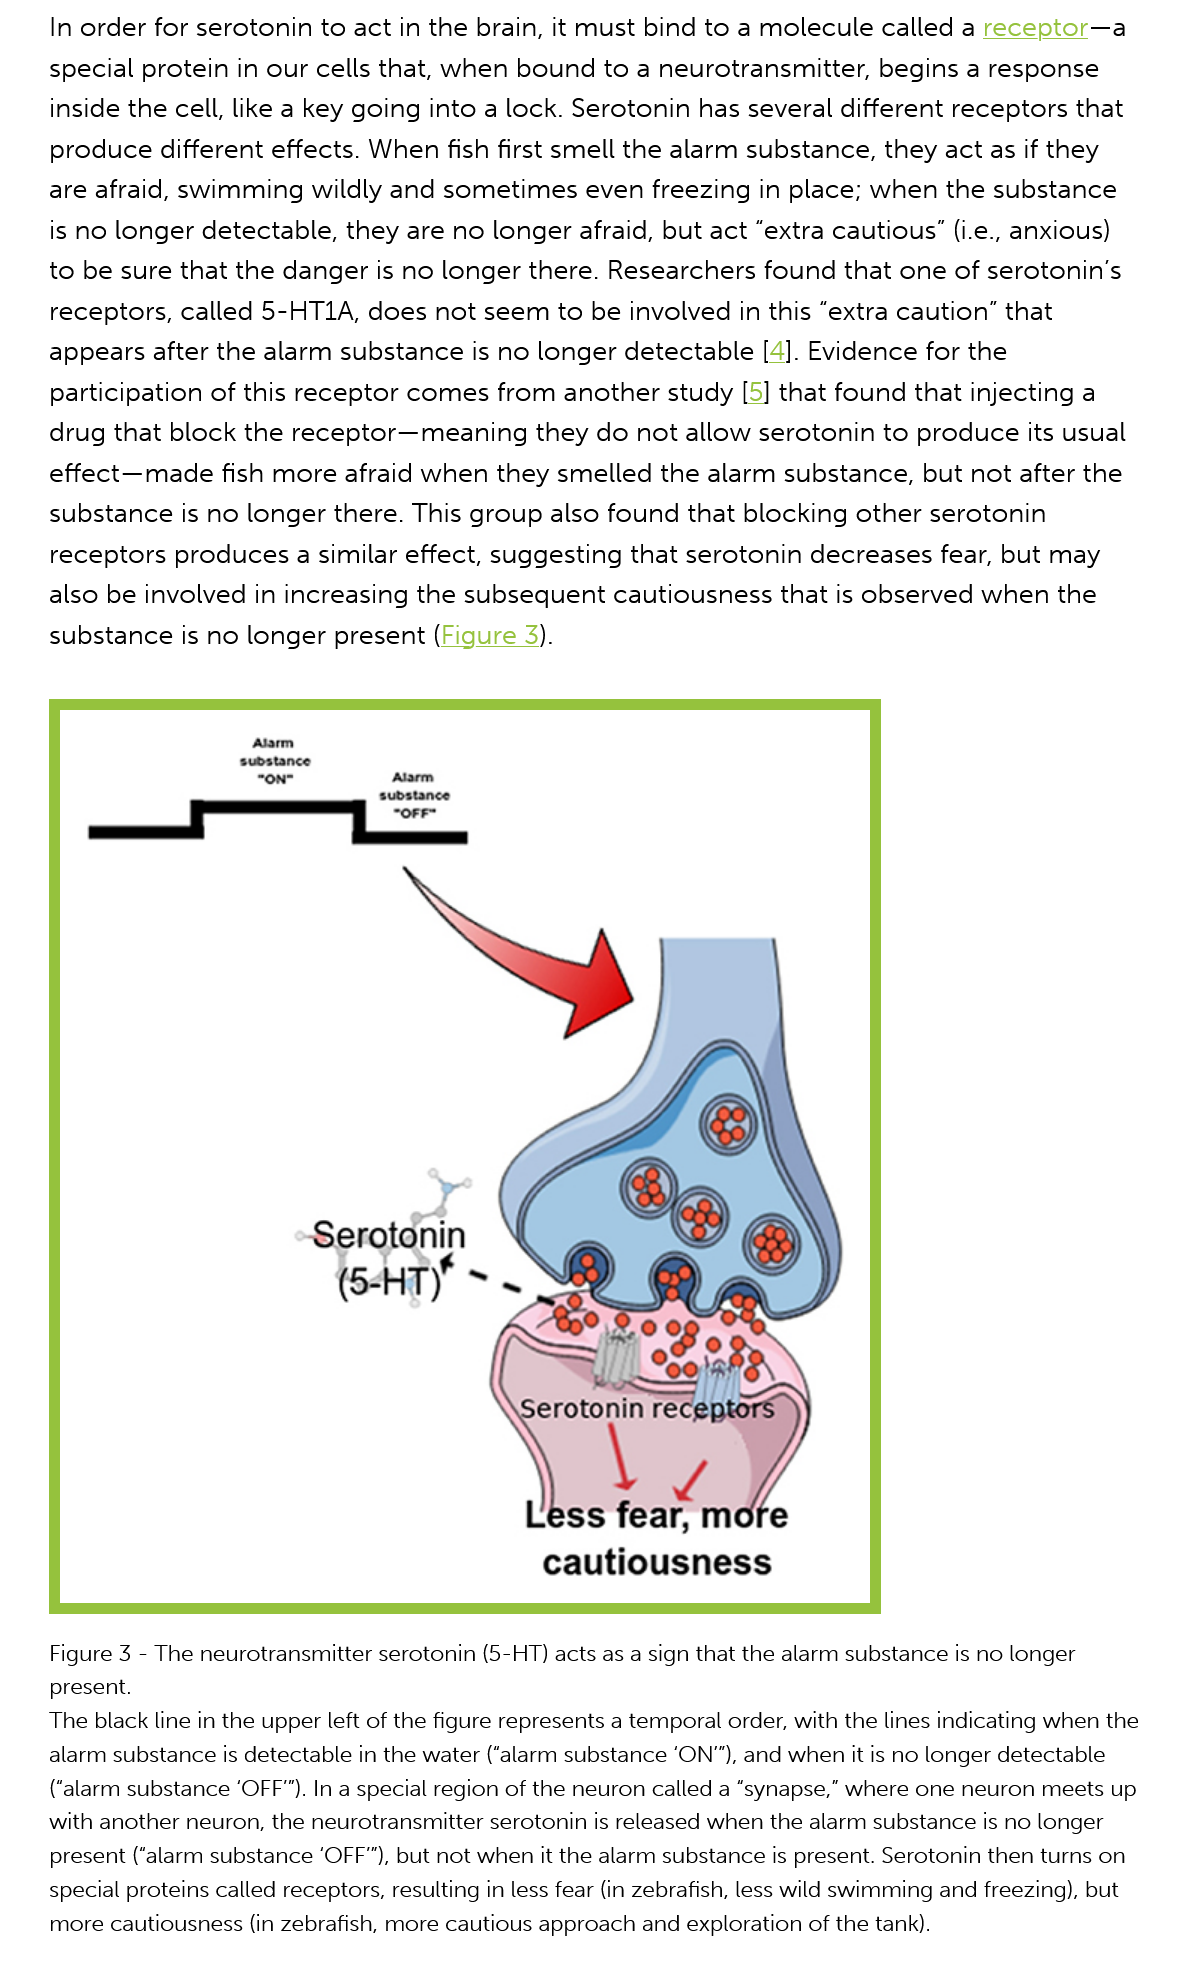
In order for serotonin  to act in the brain, it must bind to a molecule   called a receptor—a
     special protein  in our cells that, when  bound  to a neurotransmitter,   begins  a response
     inside the cell, like a key going into a lock. Serotonin  has several different receptors  that
     produce different   effects. When fish  first smell the alarm substance,  they  act as if they
     are afraid, swimming   wildly and  sometimes    even  freezing in place; when   the substance
     is no longer  detectable, they  are no longer afraid,  but act “extra cautious” (i.e., anxious)
     to be sure  that the danger is no  longer  there. Researchers   found  that one of serotonin’s
     receptors,  called 5-HT1A,  does  not  seem  to be involved in  this “extra caution” that
     appears after  the alarm  substance   is no longer detectable  [4]. Evidence  for the
     participation of this receptor  comes   from  another study   [5] that found that injecting a
     drug  that block the  receptor—meaning    they  do not  allow serotonin  to produce its  usual
     effect—made    fish more  afraid when   they smelled  the alarm  substance,   but not after the
     substance   is no longer there. This group   also found  that blocking  other serotonin
     receptors  produces a   similar effect, suggesting  that serotonin  decreases fear,  but may
     also be involved in  increasing  the subsequent   cautiousness   that is observed  when   the
     substance is  no  longer present (Figure  3).
     Figure 3
     -
     The neurotransmitter serotonin (5-HT) acts as a sign that the alarm substance is no longer
     present.
     The black line in the upper left of the figure represents a temporal order, with the lines indicating when the
     alarm substance is detectable in the water (“alarm substance ‘ON”), and when it is no longer detectable
     (alarm substance ‘OFF”). In a special region of the neuron called a “synapse,” where one neuron meets up
     with another neuron, the neurotransmitter serotonin is released when the alarm substance is no longer
     present (“alarm substance ‘OFF”), but not when it the alarm substance is present. Serotonin then turns on
     special proteins called receptors, resulting in less fear (in zebrafish, less wild swimming and freezing), but
     more cautiousness (in zebrafish, more cautious approach and exploration of the tank).